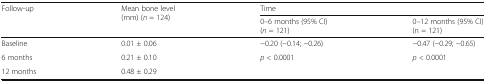
| <ROWSPAN=2> Follow-up | <ROWSPAN=2> Mean bone level (mm) (n = 124) | <COLSPAN=2> Time |
 | 0–6 months (95% CI) (n = 121) | 0–12 months (95% CI) (n = 121) |
 | --- | --- | --- | --- |
 | Baseline | 0.01 ± 0.06 | −0.20 (−0.14; −0.26) | −0.47 (−0.29; −0.65) |
 | 6 months | 0.21 ± 0.10 | p < 0.0001 | p < 0.0001 |
 | 12 months | 0.48 ± 0.29 |  |  |